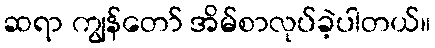
ဆရာ ကျွန်တော် အိမ်စာလုပ်ခဲ့ပါတယ်။